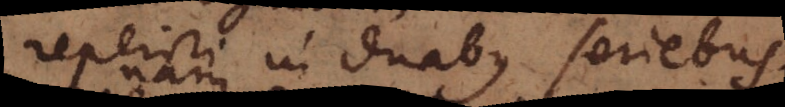
reperiri in duabus seriebus